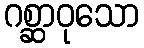
ဂစ္ဆာဝုသော